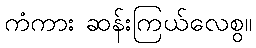
ကံကား ဆန်းကြယ်လေစွ။